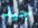
جيد